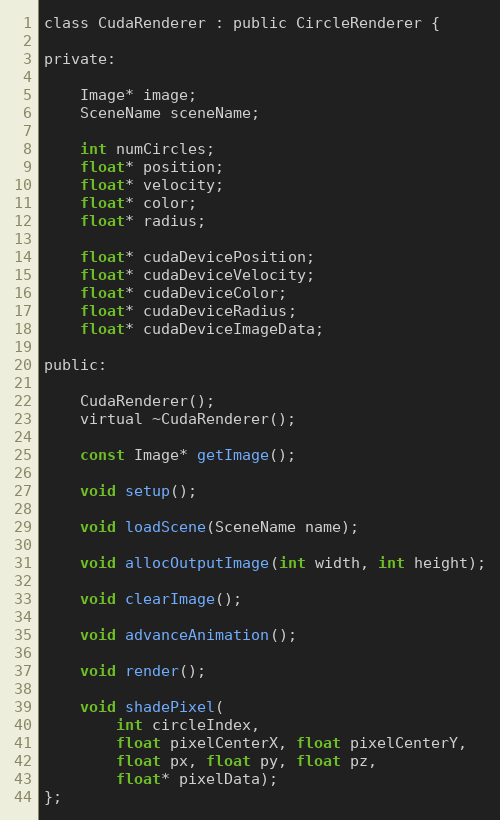
Language: C
class CudaRenderer : public CircleRenderer {

private:

    Image* image;
    SceneName sceneName;

    int numCircles;
    float* position;
    float* velocity;
    float* color;
    float* radius;

    float* cudaDevicePosition;
    float* cudaDeviceVelocity;
    float* cudaDeviceColor;
    float* cudaDeviceRadius;
    float* cudaDeviceImageData;

public:

    CudaRenderer();
    virtual ~CudaRenderer();

    const Image* getImage();

    void setup();

    void loadScene(SceneName name);

    void allocOutputImage(int width, int height);

    void clearImage();

    void advanceAnimation();

    void render();

    void shadePixel(
        int circleIndex,
        float pixelCenterX, float pixelCenterY,
        float px, float py, float pz,
        float* pixelData);
};